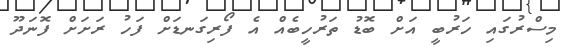
މިސްރުގައި ހަރުބީ އަށް ބޮޑު ތަރުހީބެއް އެ ފޯރިގަނޑަށް ފަހު ރަށަށް ފޮނަދޫ